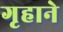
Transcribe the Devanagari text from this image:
गृहाने